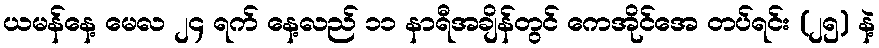
ယမန်နေ့ မေလ ၂၄ ရက် နေ့လည် ၁၁ နာရီအချိန်တွင် ကေအိုင်အေ တပ်ရင်း (၂၅) နဲ့